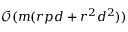
\mathcal { O } ( m ( r p d + r ^ { 2 } d ^ { 2 } ) )